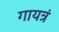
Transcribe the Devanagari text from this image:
गायत्रं